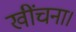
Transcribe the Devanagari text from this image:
खींचना।